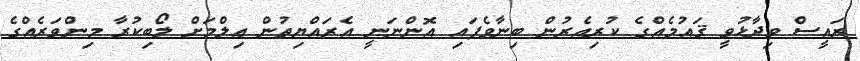
ރައީސް ވިދާޅުވީ ޤައުމެއްގެ ކުރިއެރުން ބިނާވެފައި އޮންނަނީ އެރައްޔިތުން ޢިލްމަށް ލޯބިކުރާ މިންވަރެއްގެ